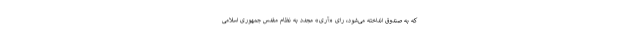
که به صندوق انداخته می‌شود، رای «آری» مجدد به نظام مقدس جمهوری اسلامی